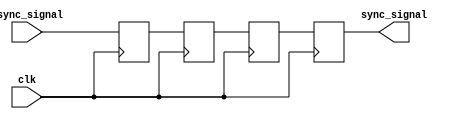
module triple_ff_synchronizer (
    input wire async_signal,  // Input signal from the asynchronous clock domain
    input wire clk,           // Clock signal of the destination clock domain
    output reg sync_signal     // Synchronized output signal
);

    // Internal signals for the flip-flops
    reg ff1, ff2, ff3;

    // Sequential logic for the three flip-flops
    always @(posedge clk) begin
        ff1 <= async_signal;  // First flip-flop samples the async signal
        ff2 <= ff1;           // Second flip-flop samples the output of the first
        ff3 <= ff2;           // Third flip-flop samples the output of the second
    end

    // Output the synchronized signal from the third flip-flop
    always @(posedge clk) begin
        sync_signal <= ff3;   // Output the final synchronized signal
    end

endmodule